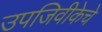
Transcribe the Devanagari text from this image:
उपजिवीकेचे